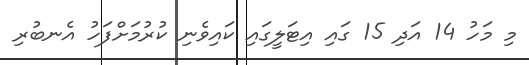
މި މަހު 14 އަދި 15 ގައި އިޓަލީގައި ކައިވެނި ކުރުމަށްފަހު އެނބުރި